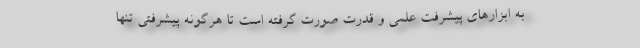
به ابزارهای پیشرفت علمی و قدرت صورت گرفته است تا هرگونه پیشرفتی تنها